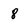
Character: 8